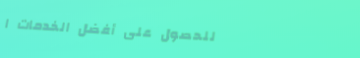
للحصول على أفضل الخدمات ا